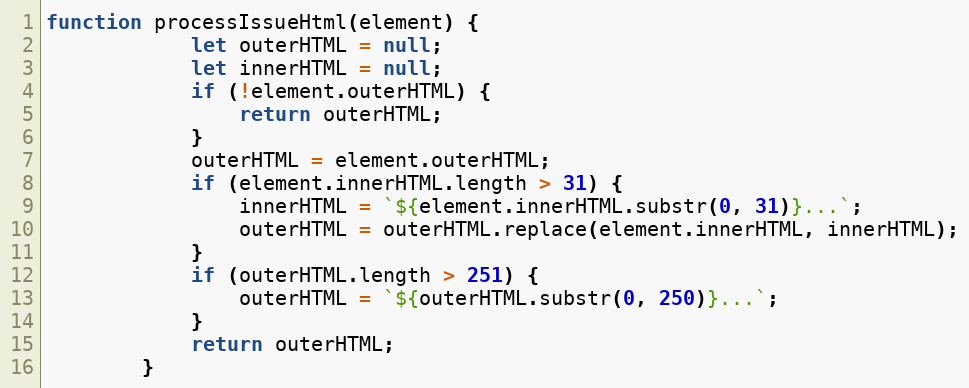
Language: JavaScript
function processIssueHtml(element) {
			let outerHTML = null;
			let innerHTML = null;
			if (!element.outerHTML) {
				return outerHTML;
			}
			outerHTML = element.outerHTML;
			if (element.innerHTML.length > 31) {
				innerHTML = `${element.innerHTML.substr(0, 31)}...`;
				outerHTML = outerHTML.replace(element.innerHTML, innerHTML);
			}
			if (outerHTML.length > 251) {
				outerHTML = `${outerHTML.substr(0, 250)}...`;
			}
			return outerHTML;
		}